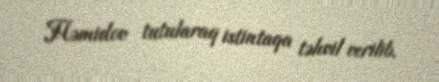
Həmidov tutularaq istintaqa təhvil verilib.